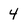
Character: 4